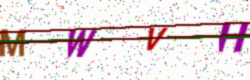
Text: MWVH